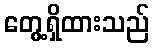
တွေ့ရှိထားသည်